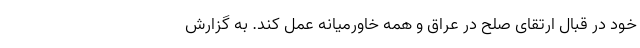
خود در قبال ارتقای صلح در عراق و همه خاورمیانه عمل کند. به گزارش